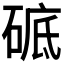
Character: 𥓵